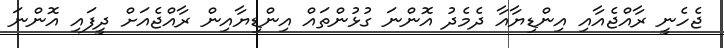
ޖެހެނީ ރާއްޖެއާއި އިންޑިޔާއާ ދެމެދު އޮންނަ ގުޅުންތައް އިންޑިޔާއިން ރާއްޖެއަށް ދީފައި އޮންނަ